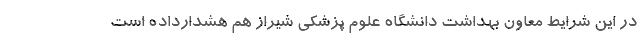
در این شرایط معاون بهداشت دانشگاه علوم پزشکی شیراز هم هشدارداده است